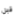
قبل